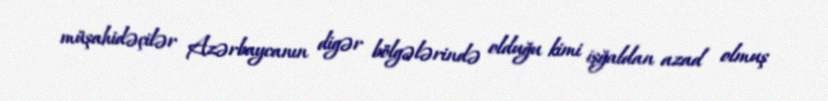
müşahidəçilər Azərbaycanın digər bölgələrində olduğu kimi işğaldan azad olmuş